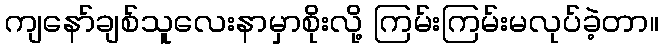
ကျနော်ချစ်သူလေးနာမှာစိုးလို့ ကြမ်းကြမ်းမလုပ်ခဲ့တာ။